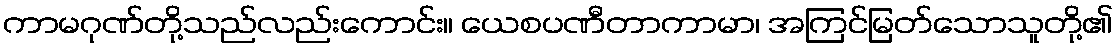
ကာမဂုဏ်တို့သည်လည်းကောင်း။ ယေစပဏီတာကာမာ၊ အကြင်မြတ်သောသူတို့၏